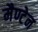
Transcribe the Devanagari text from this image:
मैण्टेन